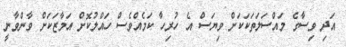
އަދި ވިސާގެ މައްސަލަތަކަކަށް ވިޔަސް އެ ހުރިހާ ކަމެއްވެސް ހައްލުކޮށް އަމާޒަކަށް ވާންވާނީ